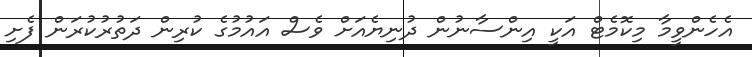
އެހެންވީމާ މިކޮމެޓް އަކީ އިންސާނުން ދުނިޔެއަށް ވެސް އައުމުގެ ކުރިން ދަތުރުކުރަން ފެށި